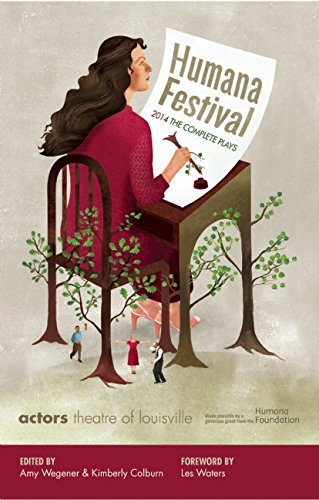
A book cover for Humana Festival 2014: The Complete Plays; Literature & Fiction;